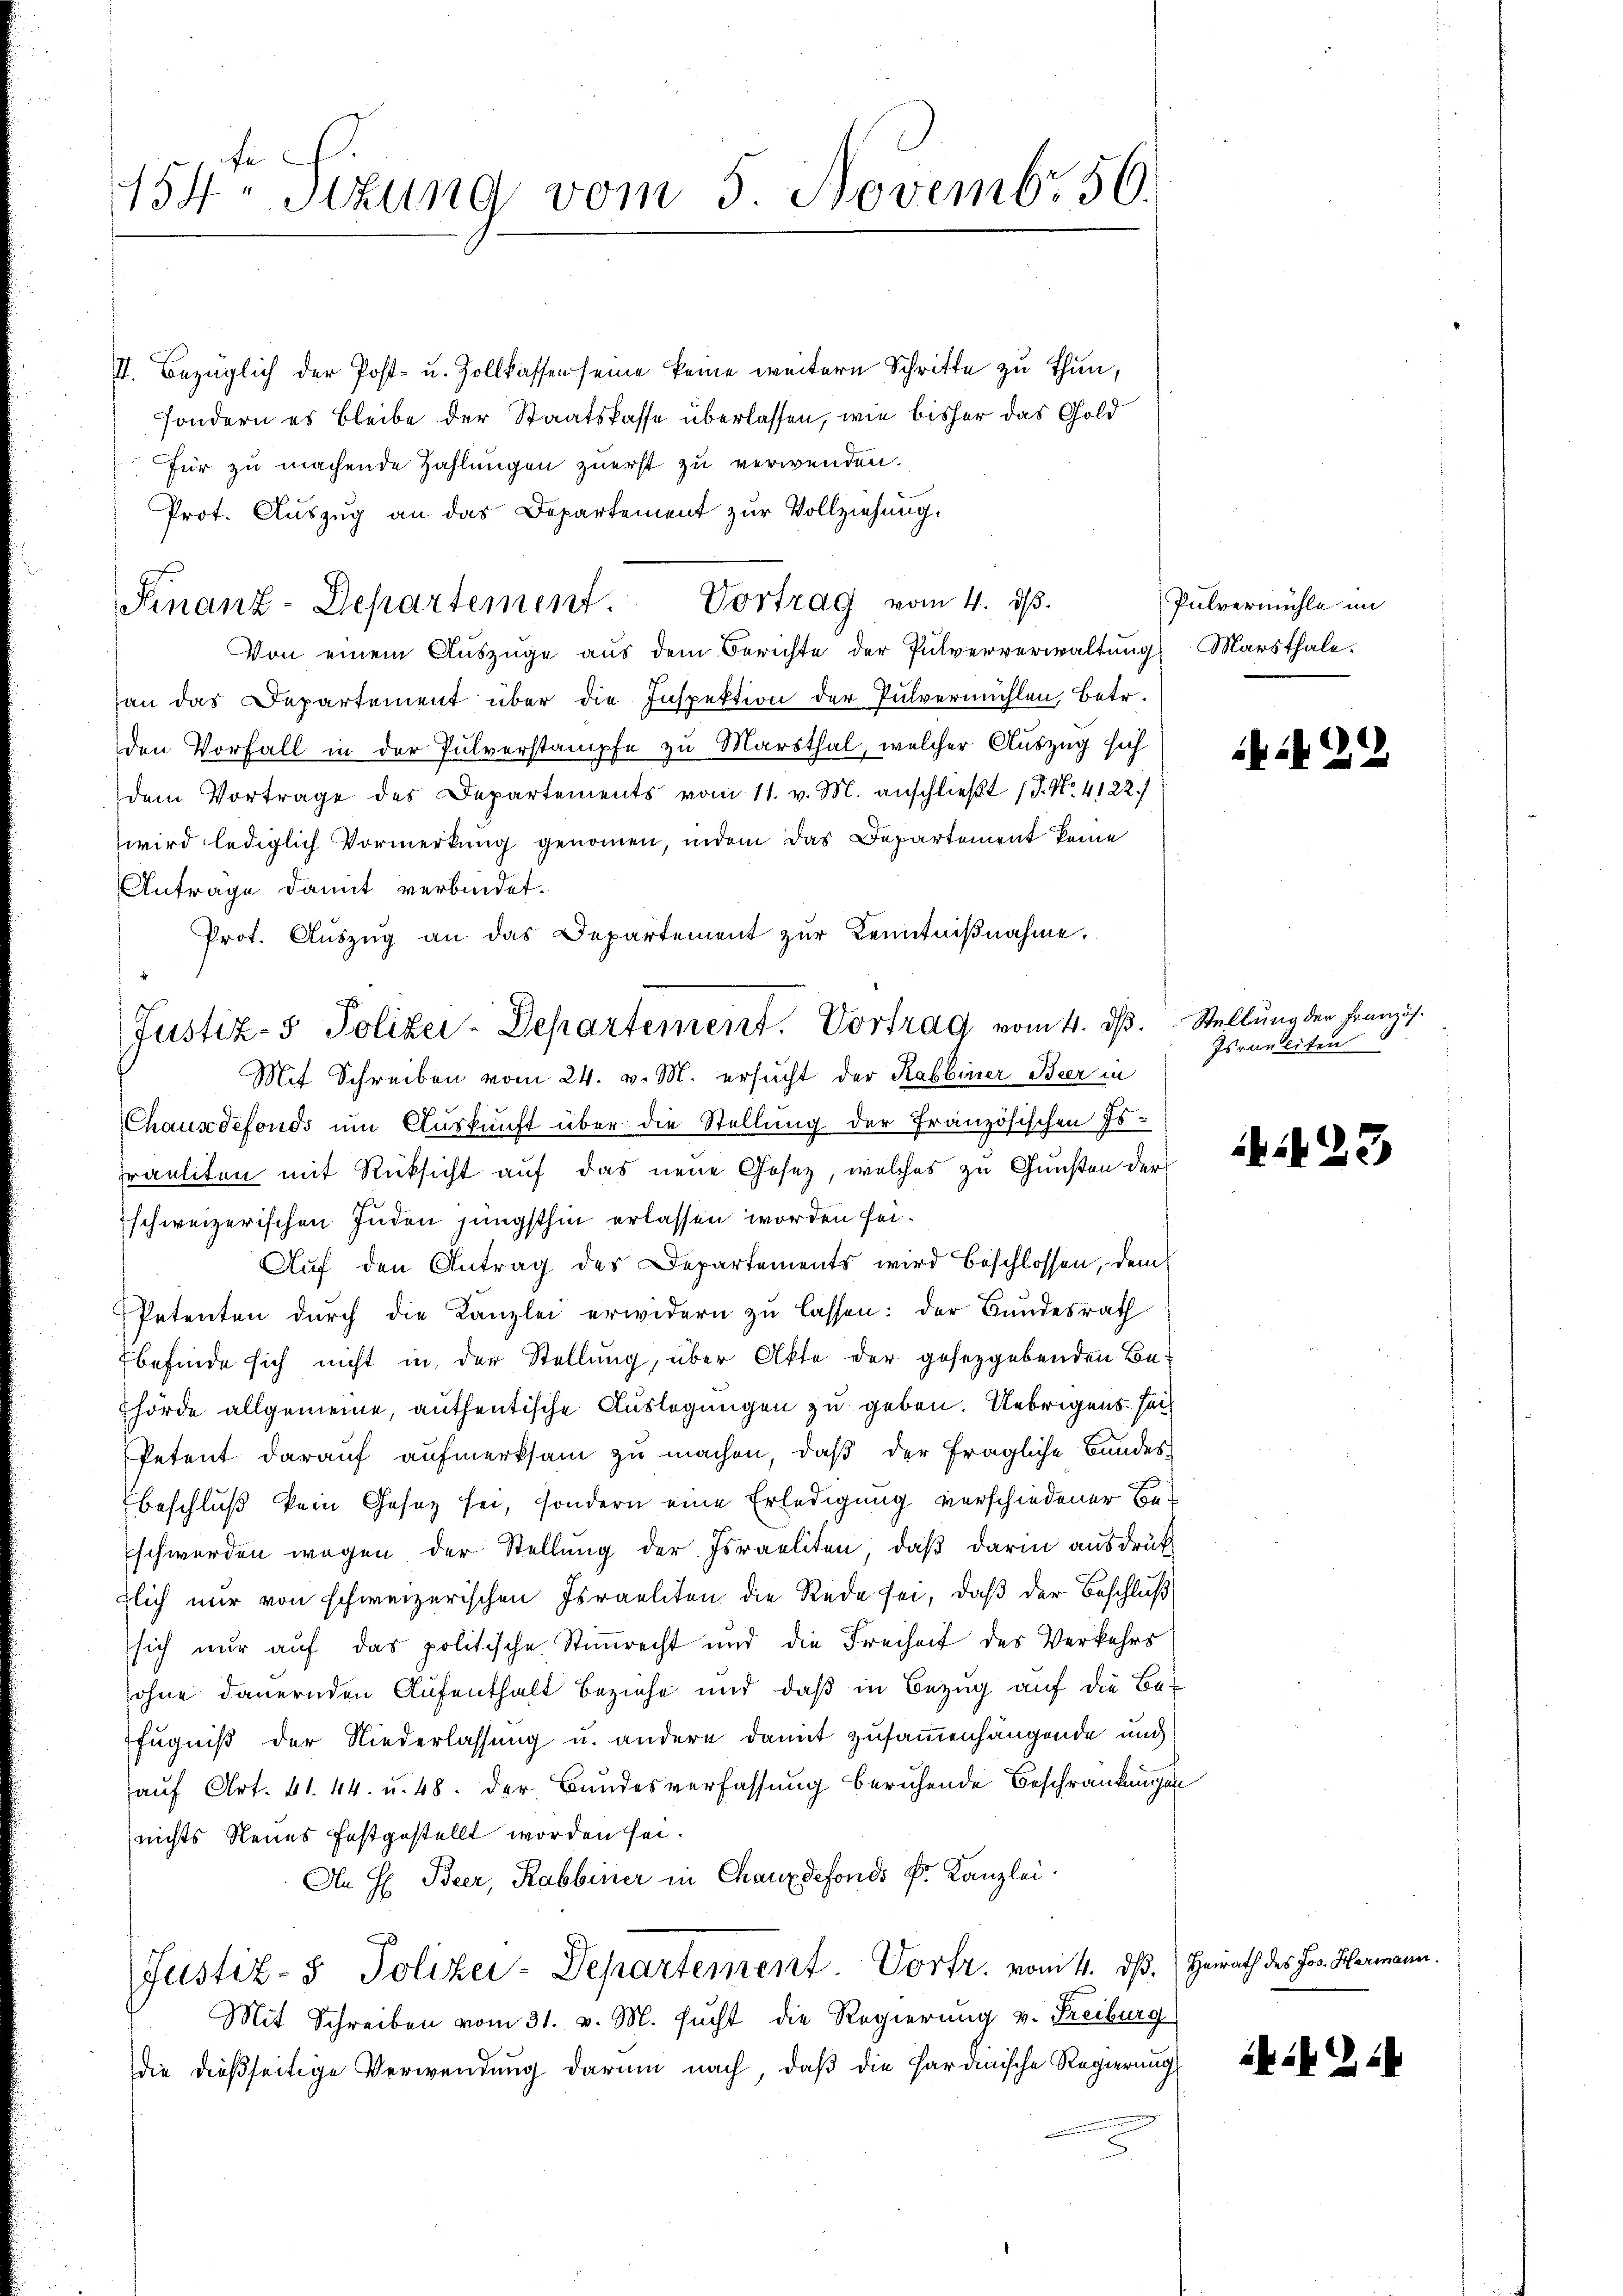
II. Bezüglich der Post- u. Zollkassen seine keine weitern Schritte zu thun,
sondern es bleibe der Staatskasse überlassen, wie bisher das Gold
für zu machende Zahlungen zuerst zu verwenden.
Prot. Auszug an das Departement zur Vollziehung.
Finanz-Departement. Vortrag vom 4. dβ.
Von einem Auszüge aus dem Berichte der Pulververwaltung Marsthale.
an das Departement über die Inspektion der Pulvermühlen, betr.
den Vorfall in der Pulverstampfe zu Marsthal, welcher Auszug sich
dem Vortrage des Departements vom 11. v. M. anschließt (S. Nr. 4122./
wird lediglich Vormerkung genommen, indem das Departement keine
Antrage damit verbindet.
Prot. Aŭszŭg an das Departement zur Kenntniβnahme.
Mit Schreiben vom 24. v. M. ersucht der Rabbiner Beer in
Chauxdefonds um Auskunft über die Stellung der Französischen Es
raeliten mit Rücksicht auf das neue Gesetz, welches zu Gunsten der
schweizerischen Juden jüngsthin erlassen worden sei.
Auf den Antrag des Departements wird beschlossen, dem
Petenten durch die Kanzlei erwidern zu lassen: der Bundesrath
befinde sich nicht in der Stellung, über Akte der gesetzgebenden Be¬
Thörde allgemeine, auffentische Auslegungen zu geben. Uebrigens sei
Petent darauf aufmerksam zu machen, daß der fragliche Bandes¬
Beschluß kein Gesetz sei, sondern eine Erledigung verschiedener Beschwerden wegen der Stellung der Israeliten, daß darin ausdrük
dlich nur von schweizerischen Israeliten die Rede sei, daß der Beschluß
sich nŭr aŭf das politische Stiṁrecht und die Freiheit des Verkehrs
sohne dauernden Aufenthalt beziehe und daß in Bezug auf die Befugniß der Niederlassung u. andere damit zusammenhängende und
auf Art. 41. 44. u. 48. der Bundesverfassung beruhende Beschränkungen
nichts Neues festgestellt worden sei.
An H Beer, Rabbinier in Chauxdefonds Fr. Kanzlei.
Justiz- & Polizei-Departement. Vorfr. vom 4. ds. Heirath des Jos. Hermann.
Mit Schreiben vom 31. v. M. sucht die Regierung v. Freiburg
die dießseitige Verwendung darum nach, daß die Sardinische Regierung

154ten Sizung vom 5 Novembr. 56.

Justiz- & Polizei-Departement. Vortrag vom 4. dβ. Stellŭng der Französ.

Pulvermühle im

EN 22

Israeliten

23)

iki ZGB